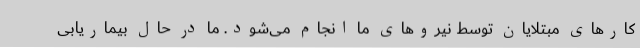
کارهای مبتلایان توسط نیروهای ما انجام می‌شود. ما در حال بیماریابی